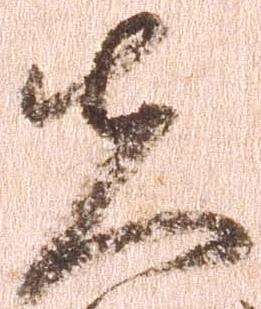
先